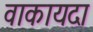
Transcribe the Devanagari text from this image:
वाकायदा